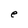
Character: e